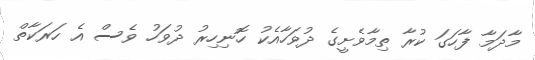
މާދަމާ ފާހަގަ ކުރާ ތިމާވެށީގެ ދުވަހާއެކު ހޮނިހިރު ދުވަހު ވެސް އެ ހަރަކާތް